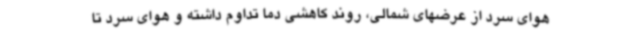
هوای سرد از عرضهای شمالی، روند کاهشی دما تداوم داشته و هوای سرد تا